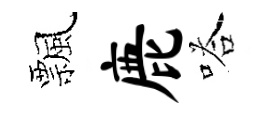
飄鹿嗒